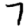
Digit: 7